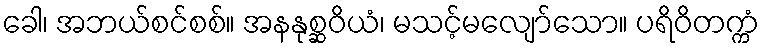
ခေါ၊ အဘယ်စင်စစ်။ အနနုစ္ဆဝိယံ၊ မသင့်မလျော်သော။ ပရိဝိတက္ကံ